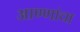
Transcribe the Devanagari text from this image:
आण्णांचा